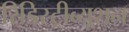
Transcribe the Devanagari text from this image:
रिडिस्ट्रीब्यूशन